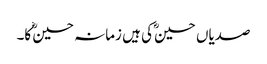
صدیاں حسینؓ کی ہیں زمانہ حسینؓ کا۔